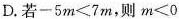
D.若$$-5m≤7m$$，则$$m<0$$